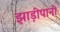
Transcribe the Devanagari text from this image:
झाड़ीपानी